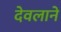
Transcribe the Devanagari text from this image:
देवलाने